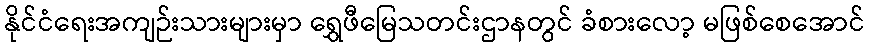
နိုင်ငံရေးအကျဉ်းသားများမှာ ရွှေဖီမြေသတင်းဌာနတွင် ခံစားလော့ မဖြစ်စေအောင်